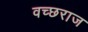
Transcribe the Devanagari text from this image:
वच्छराज